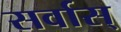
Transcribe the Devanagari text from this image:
सर्वास्‌